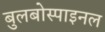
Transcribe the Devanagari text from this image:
बुलबोस्पाइनल